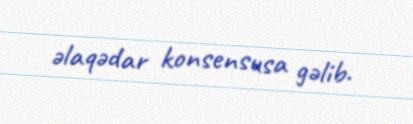
əlaqədar konsensusa gəlib.